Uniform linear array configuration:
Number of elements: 24
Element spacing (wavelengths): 1
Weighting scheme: hann
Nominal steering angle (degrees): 30
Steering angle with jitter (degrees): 29.119
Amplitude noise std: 0.05
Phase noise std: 0.05

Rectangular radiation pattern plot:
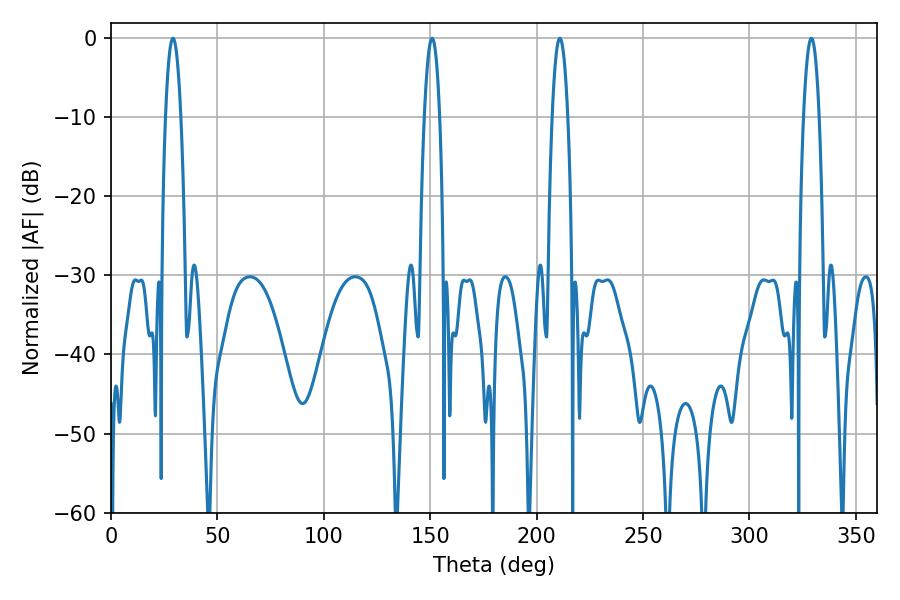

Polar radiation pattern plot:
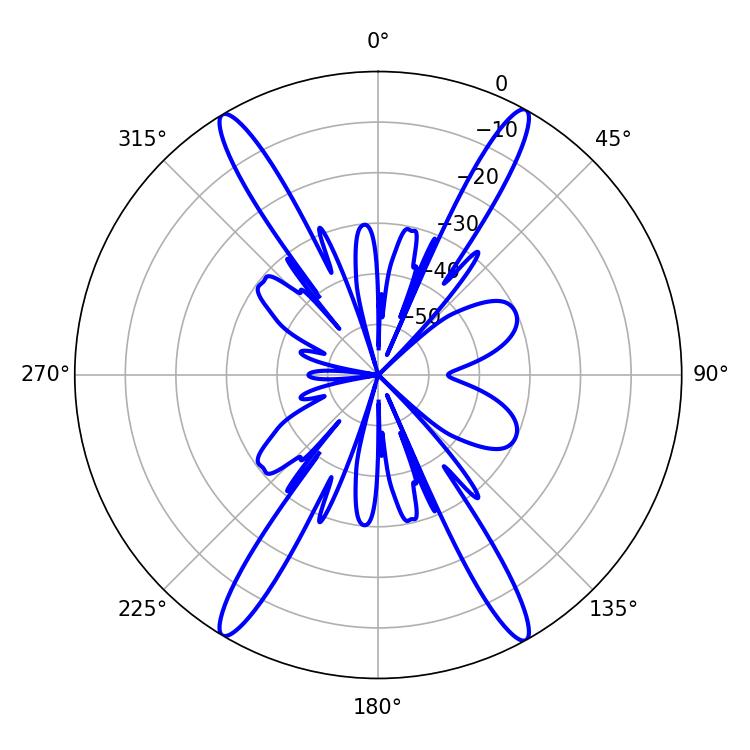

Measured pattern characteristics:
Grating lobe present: TRUE
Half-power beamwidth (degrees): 3.96
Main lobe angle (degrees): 29.16